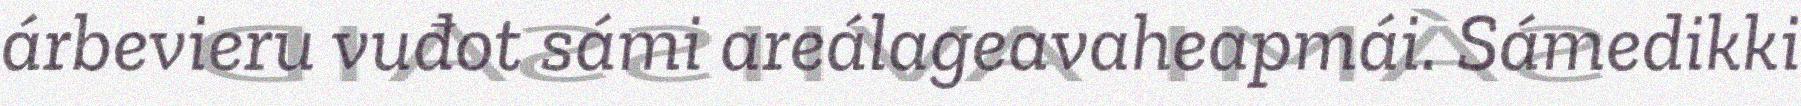
árbevieru vuđot sámi areálageavaheapmái. Sámedikki